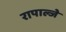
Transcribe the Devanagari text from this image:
रापाल्जे